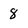
Character: 8